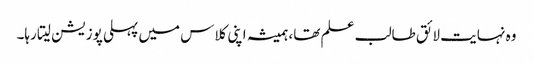
وہ نہایت لائق طالب علم تھا، ہمیشہ اپنی کلاس میں پہلی پوزیشن لیتا رہا۔